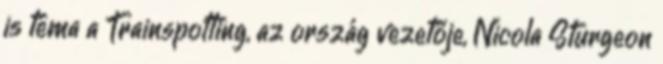
is téma a Trainspotting, az ország vezetője, Nicola Sturgeon